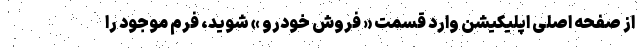
از صفحه اصلی اپلیکیشن وارد قسمت « فروش خودرو » شوید، فرم موجود را